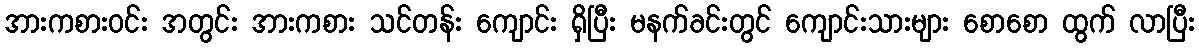
အားကစားဝင်း အတွင်း အားကစား သင်တန်း ကျောင်း ရှိပြီး မနက်ခင်းတွင် ကျောင်းသားများ စောစော ထွက် လာပြီး